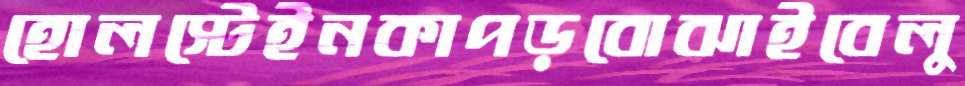
হোলস্টেইনকাপড়বোঝাইবেলু